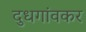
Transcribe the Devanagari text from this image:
दुधगांवकर